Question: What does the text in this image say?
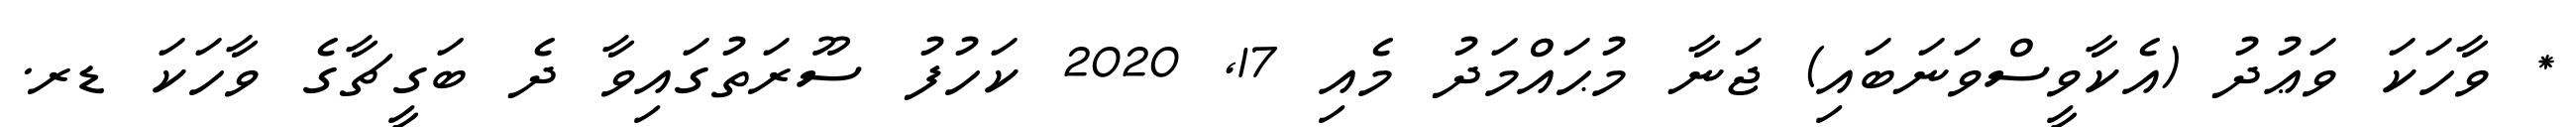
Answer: * ވާހަކަ ވަޢުދު (އެކާވީސްވަނަބައި) ޖަނާ މުޙައްމަދު މެއި 17, 2020 ކަހުފު ސޫރަތުގައިވާ ދެ ބަގީޗާގެ ވާހަކަ ޑރ.